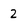
Character: 2